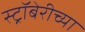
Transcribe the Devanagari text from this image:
स्ट्रॉबेरीच्या